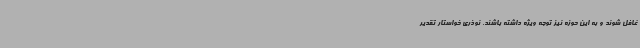
غافل شوند و به این حوزه نیز توجه ویژه داشته باشند. نوذری خواستار تقدیر